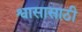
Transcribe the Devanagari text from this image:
श्वासासाठी